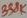
Text: 338K